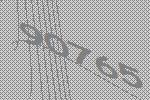
90765